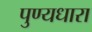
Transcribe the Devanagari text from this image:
पुण्यधारा